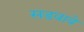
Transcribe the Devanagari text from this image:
सडवावे